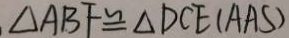
\Delta A B F \cong \Delta D C E ( A A S )